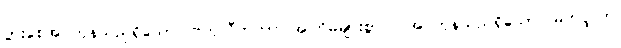
ပွားစေအပ်ကုန်သည်ရှိသော်။ ဗဟုလီကတာ၊ အကြိမ်များစွာပြု အပ်ကုန်သည်ရှိသော်။ မဟပ္ဖလာ၊